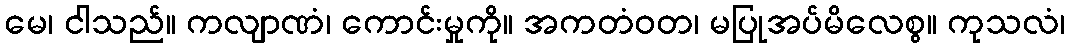
မေ၊ ငါသည်။ ကလျာဏံ၊ ကောင်းမှုကို။ အကတံဝတ၊ မပြုအပ်မိလေစွ။ ကုသလံ၊